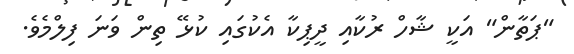
"ޕަތާން" އަކީ ޝާހް ރުކާއި ދީޕިކާ އެކުގައި ކުޅޭ ތިން ވަނަ ފިލްމެވެ.